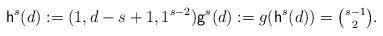
LaTeX: \begin{align*}{\mathsf h}^s(d):=(1,d-s+1,1^{s-2}){\mathsf g}^s(d):=g({\mathsf h}^s(d))=\tbinom{s-1}{2}.\end{align*}